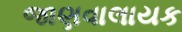
જાણવાલાયક